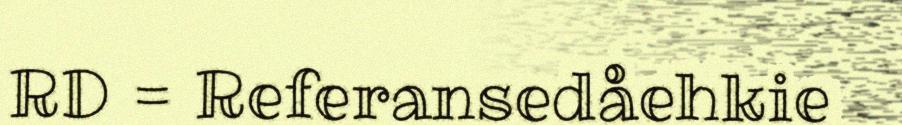
RD = Referansedåehkie